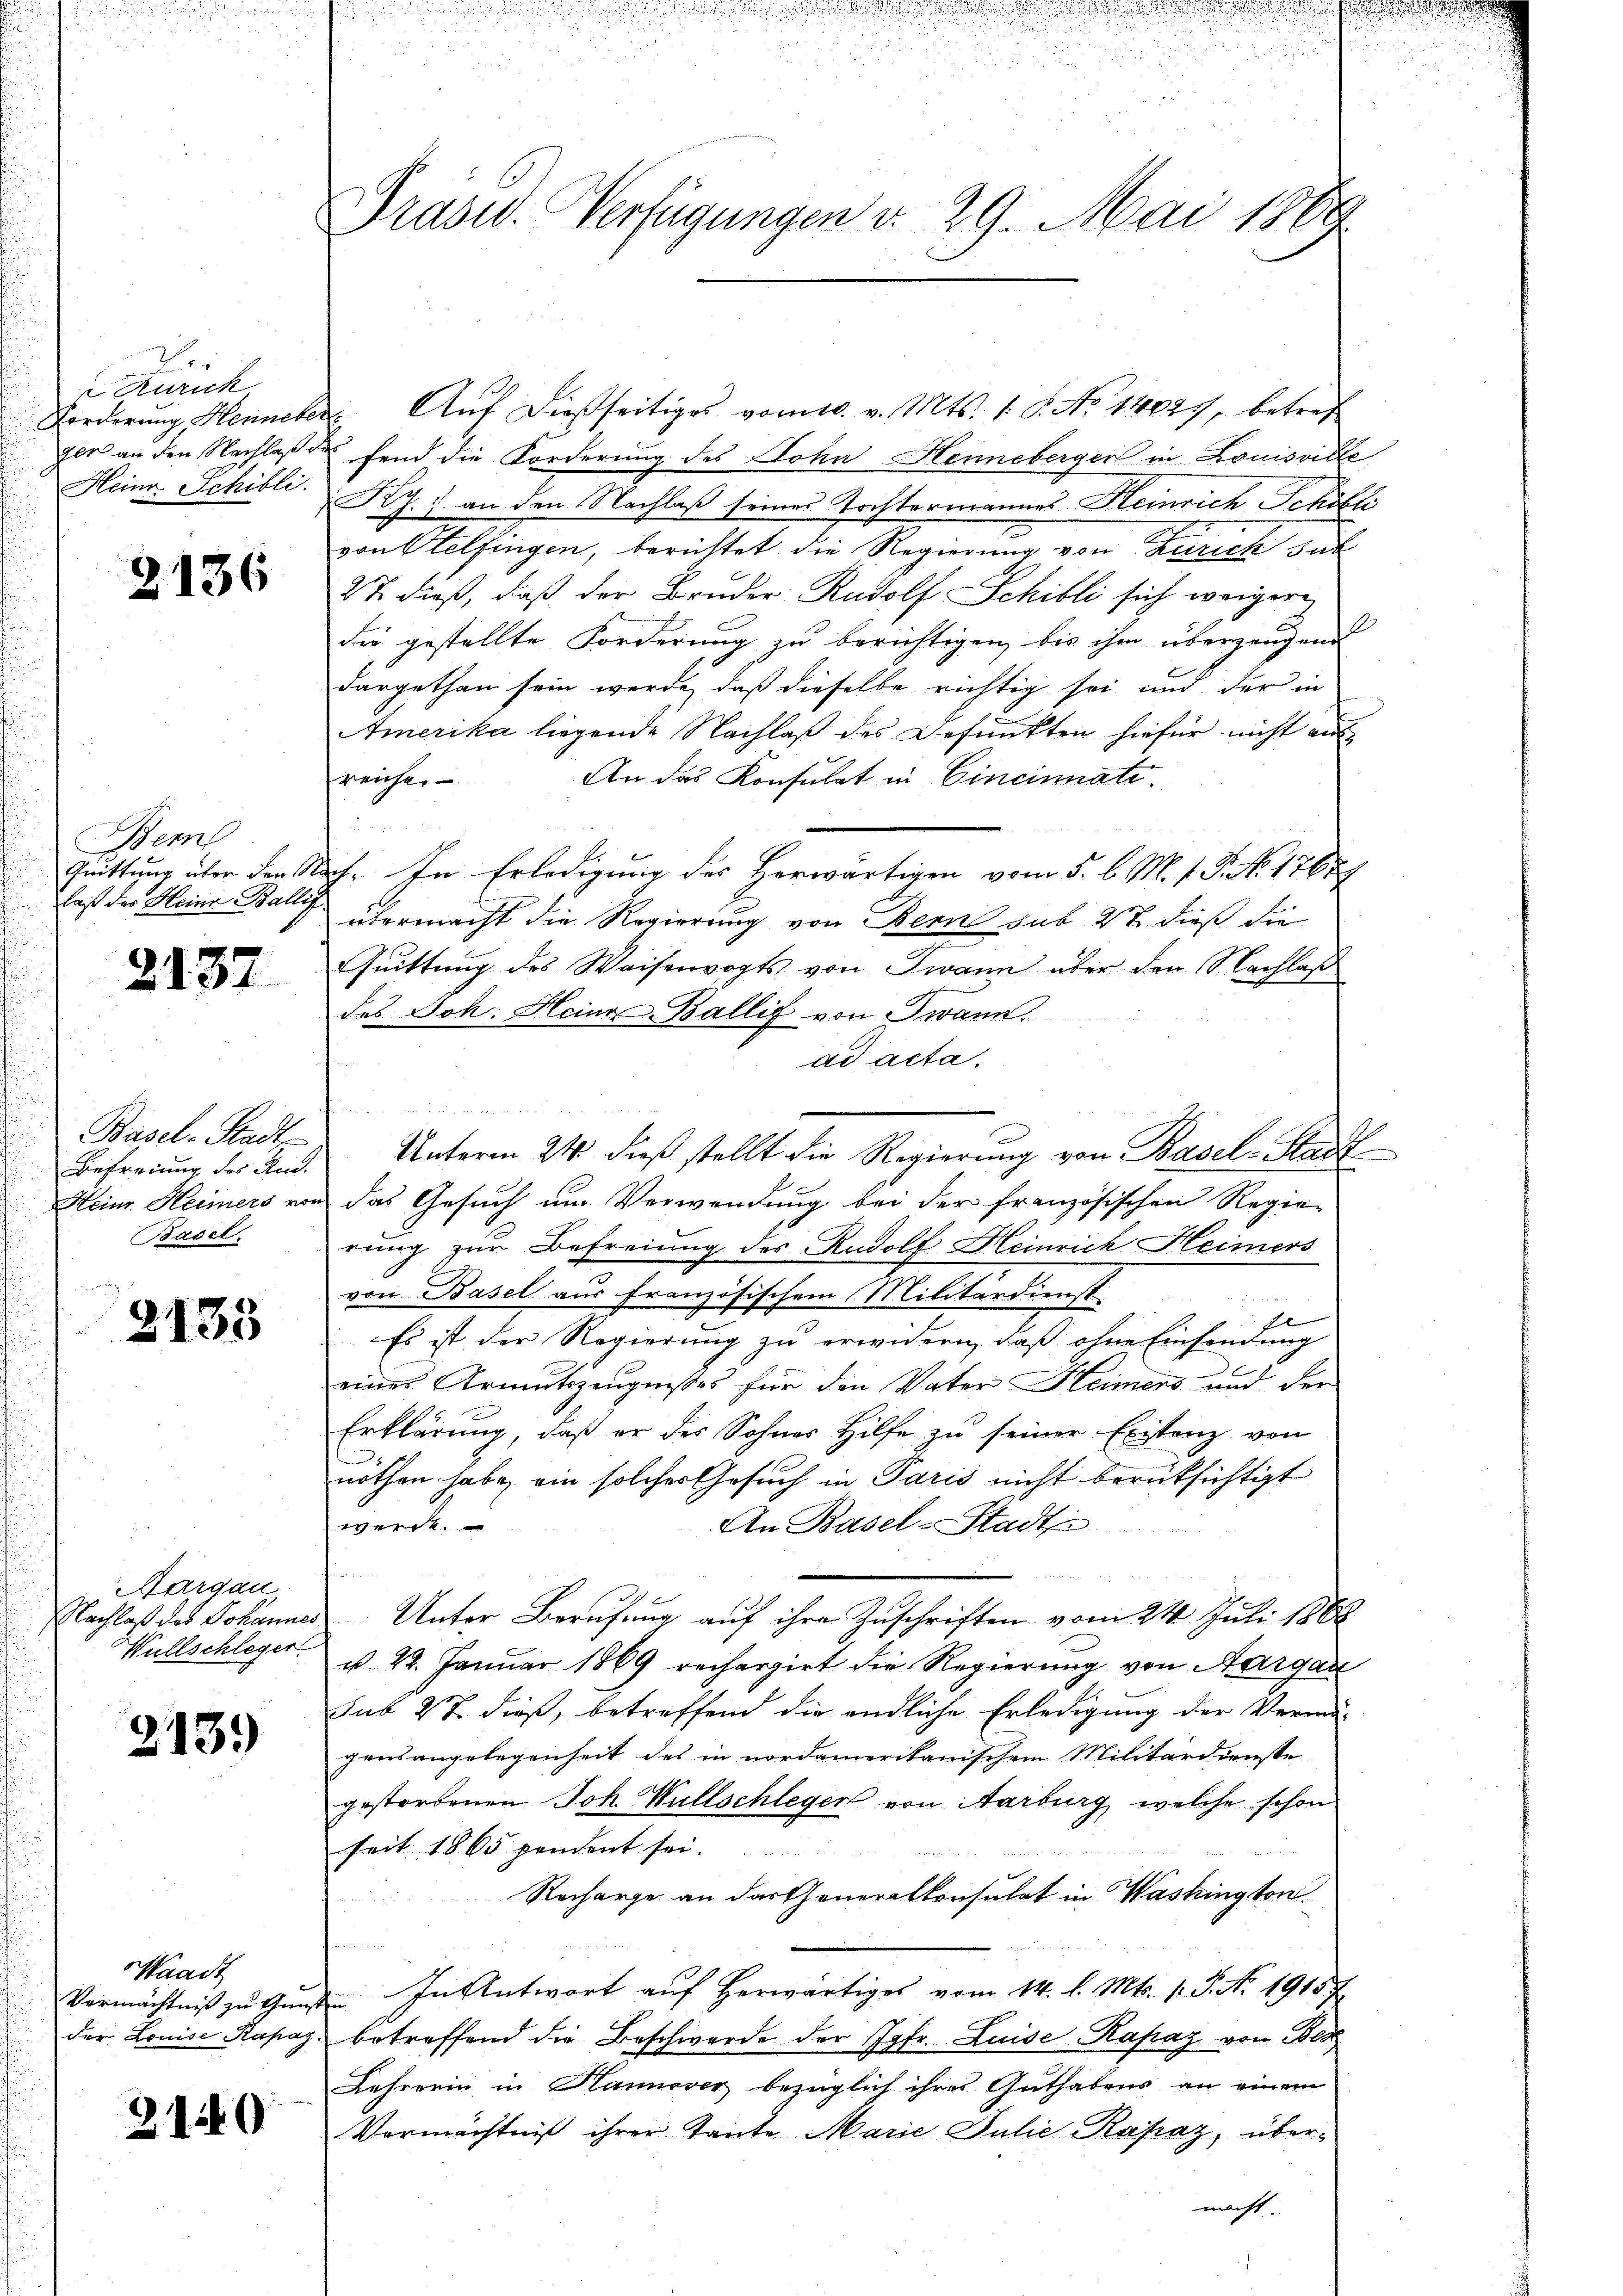
er
Zürich
Forderung Henneber
ger an den Nachlaße
Heine Schilli

2136

Bem
Quittung über den St.
laß des Heine Ballig

2137

Basel-Stadt
Befreiung des Un¬
Heinr. Heimers von
Basel.

2133

Aargau
Nachlaß des Johannes
Wüllschleger

213.

Waadt
Vermächtniß zu Gunst
der Louise Rapaz.

3140

Präsid. Verfügungen v. 29. Mai 1889

Aŭf dießseitiges vom 10. v. Mts. 1. P. No 14027, betref
fend die Forderung des Lohn Henneberger in Louisville
Ky. 7. an den Nachlaß seines Tochtermannes Heinrich Schöfli
von Otelfingen, berichtet die Regierung von Zürich gut
27. dieß, daß der Bruder, Rudolf Schilli sich weiger
die gestellte Forderung zu berichtigen, bis ihm überzeugend
dargethan sein werde, daß dieselbe richtig sei und der in
Amerika liegende Nachlaß des Befunkten hiefür nicht auf
An das Konsulat in Cincinnate.
freicher
Ich. In Erledigung des Herwärtigen vom 5. l. M. v. P. No. 17689
übermacht die Regierung von Bern sub 27. dieß die
Quittung des Waisenvogts von Zwann über den Nachlaß
das Joh. Heine Ballif von Twann.
ad acta.
Unterm 24. dieß stellt die Regierung von Basel-Stadt
das Gesuch um Verwendung bei der französischen Regie-
rung zur Befreiung des Radolf Heinrich Heimers
von Basel aus französischem Militärdienst
fl
Es ist der Regierung zu erwidern, daß ohne Einsendung
eines Armutszeugnisses für den Vater Heimens und der
Erklärung, daß er des Sohnes Hilfe zu seiner Existenz von
nothen habe, ein solches Gesuch in Paris nicht berüksichtigt
werde.
An Basel-Stadtr
Unter Berufung auf ihre Zuschriften vom 24. Juli 1864
§ 22. Januar 1869 recherzirt die Regierung von Aargau
sub 27. dieß, betreffend die endliche Erledigung der Vermö-
gensangelegenheit des in nordamerikanischem Militärdienste
gestorbenen Joh. Wüllschleger von Aarburg, welche schon
seit 1865 pendent sei.
Recharge an das Generalkonsulat in Washington.
In Antwort auf herwärtiges vom 14. d. Mts. s. S. Nr. 1915
betreffend die Beschwerde der Jgfr. Luise Kapaz von 300
Lehrerin in Hannover bezüglich ihres Guthabens an einem
Vermächtniß ihrer Tante Marie Julie Kapaz, übermacht.